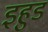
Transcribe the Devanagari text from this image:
इहुड